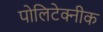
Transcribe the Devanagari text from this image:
पोलिटेक्नीक